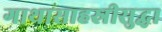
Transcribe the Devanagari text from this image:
गाथासाहस्रीसुद्धा